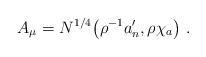
LaTeX: \begin{align*}A_\mu=N^{1/4}\big(\rho^{-1}a'_n,\rho\chi_a\big)\ .\end{align*}